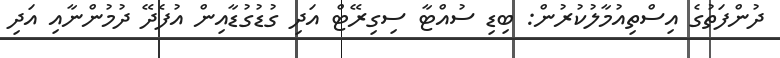
ދުންފަތުގެ އިސްތިއުމާލުކުރުން: ބިޑި ސުއްޓާ ސިގިރޭޓް އަދި ގުޑުގުޑާއިން އުފެދޭ ދުމުންނާއި އަދި